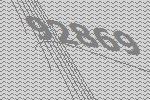
92869